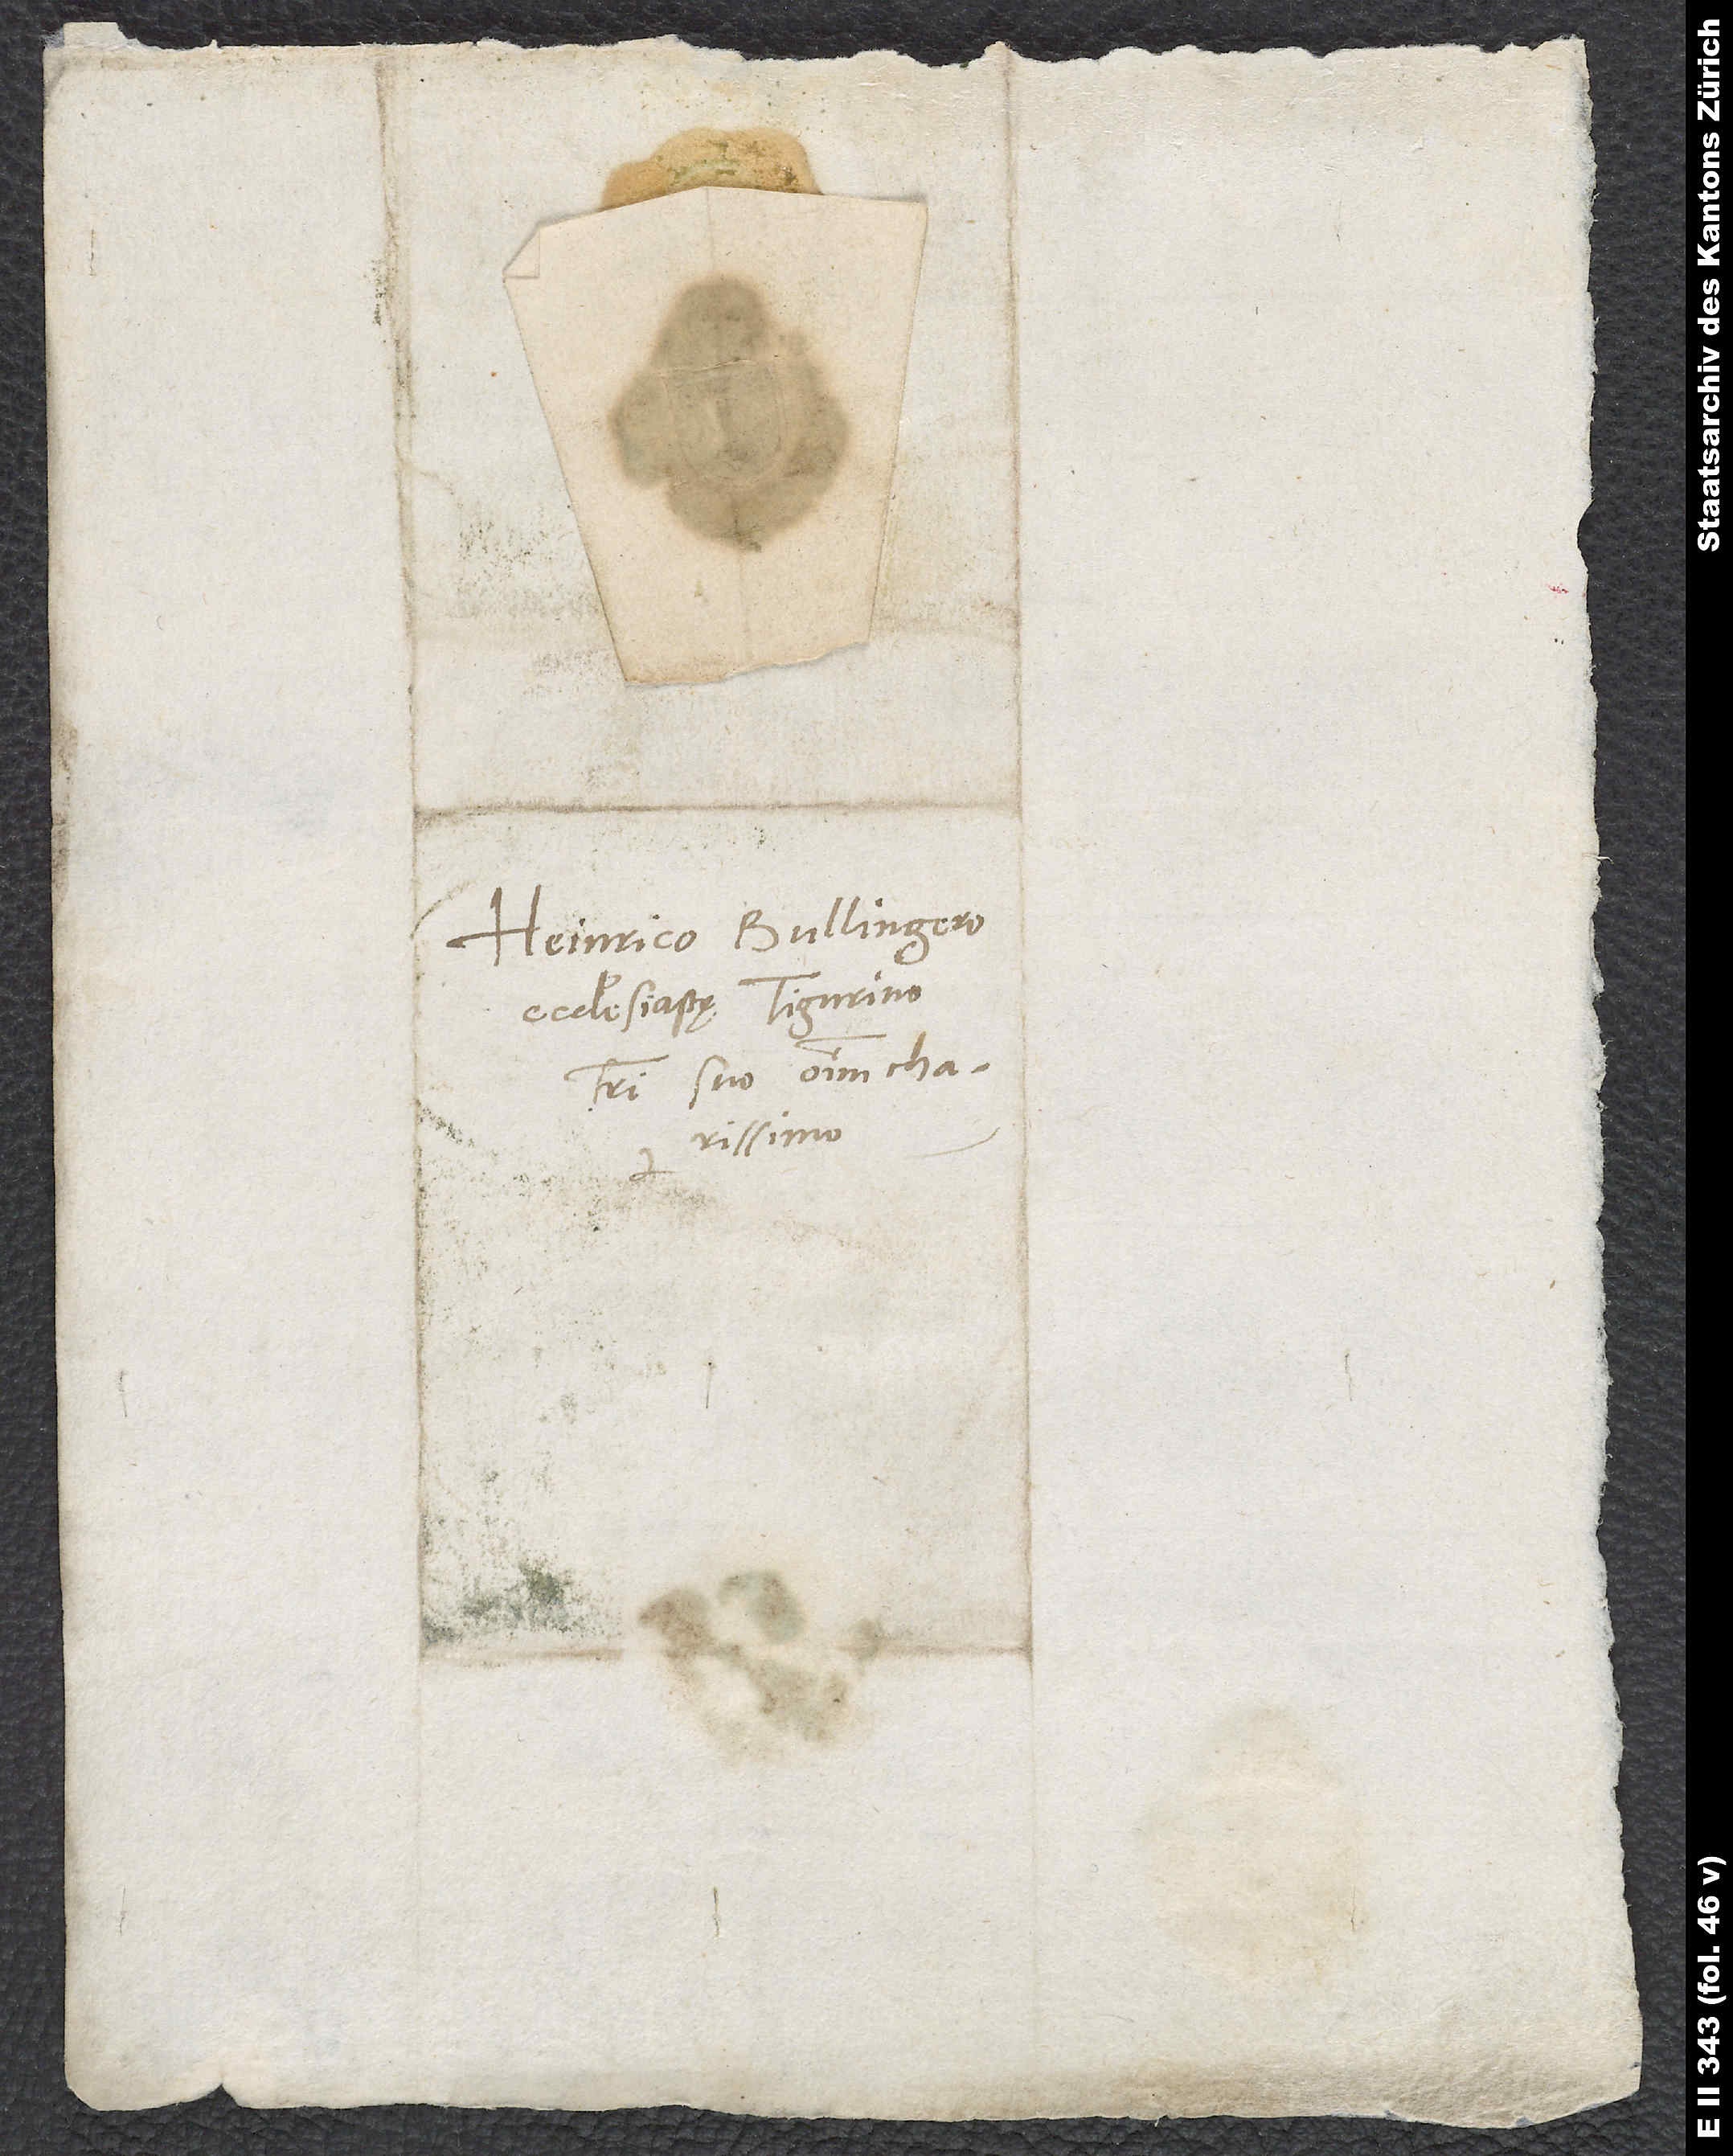
Heinrico Bullingero,
ecclesiastę Tigurino,
fratri suo omnium charissimo.